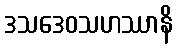
ဒသဒေဝသဟဿာနိ